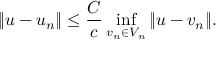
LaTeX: \| u - u _ { n } \| \leq { \frac { C } { c } } \operatorname* { i n f } _ { v _ { n } \in V _ { n } } \| u - v _ { n } \| .